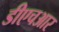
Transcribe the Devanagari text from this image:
डीएचआर